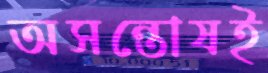
অসন্তোষই